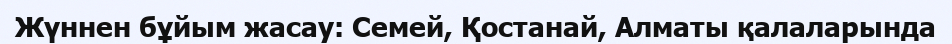
Жүннен бұйым жасау: Семей, Қостанай, Алматы қалаларында